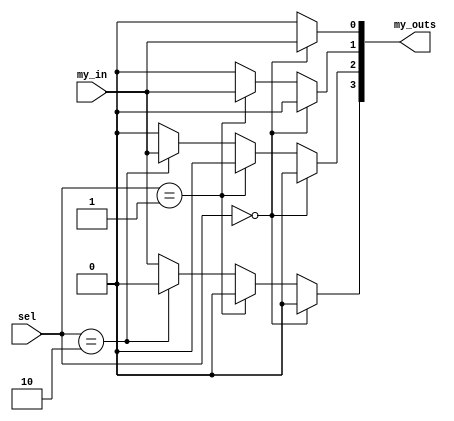
    `timescale 1ns/100ps
    module four_in_demux(
      output reg [3:0] my_outs,
      input [1:0] sel,
      input my_in
      );
      parameter INACTIVE = 0;
      always @ * begin
        if(sel==2'b00) begin
          my_outs[0]=my_in;
          my_outs[1]=INACTIVE;
          my_outs[2]=INACTIVE;
          my_outs[3]=INACTIVE;
        end
        else
          if(sel==2'b01)begin
            my_outs[0]=INACTIVE;
            my_outs[1]=my_in;
            my_outs[2]=INACTIVE;
            my_outs[3]=INACTIVE;
          end
          else
            if(sel==2'b10)begin
              my_outs[0]=INACTIVE;
              my_outs[1]=INACTIVE;
              my_outs[2]=my_in;
              my_outs[3]=INACTIVE;
            end
            else begin
              my_outs[0]=INACTIVE;
              my_outs[1]=INACTIVE;
              my_outs[2]=INACTIVE;
              my_outs[3]=my_in;
            end
      end
      
    endmodule